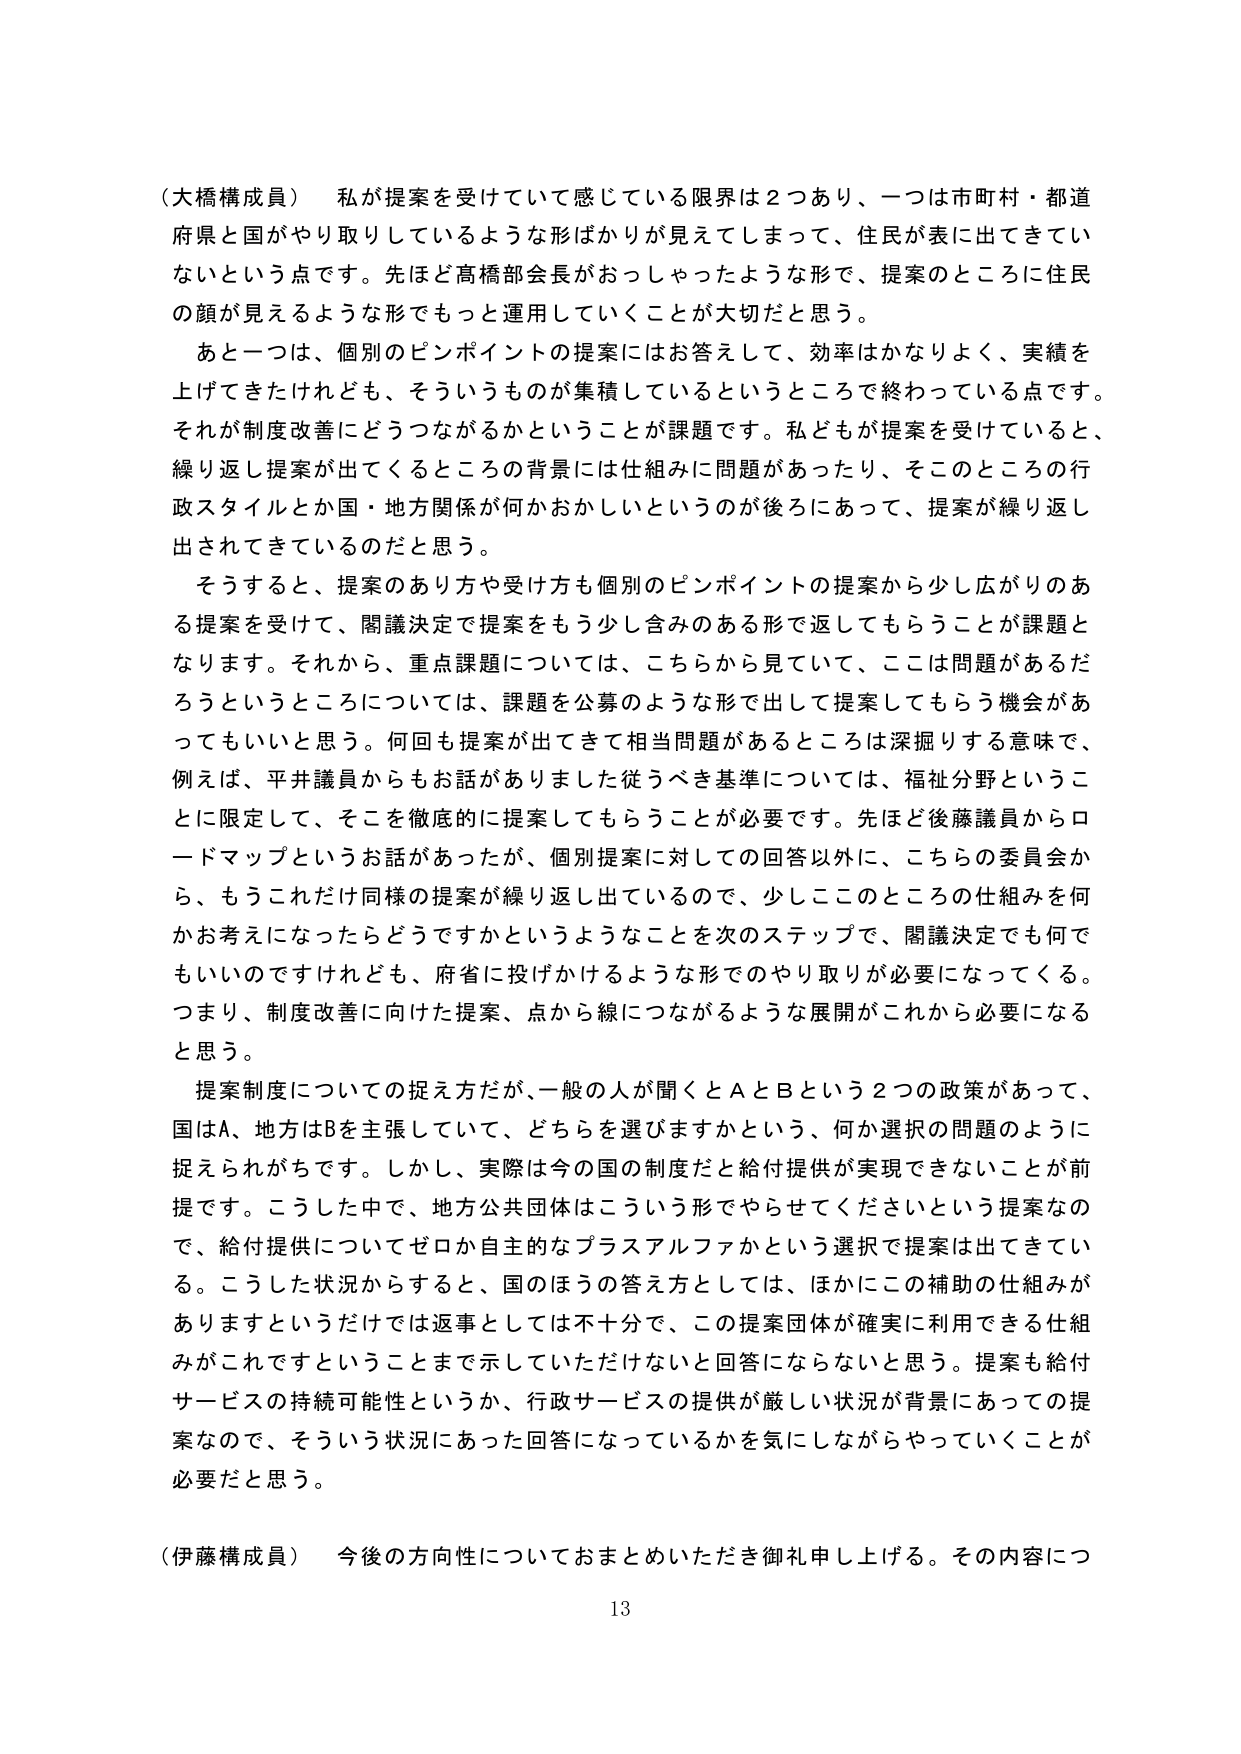
（大橋構成員） 私が提案を受けていて感じている限界は２つあり、一つは市町村・都道府県と国がやり取りしているような形ばかりが見えてしまって、住民が表に出てきていないという点です。先ほど高橋部会長がおっしゃったような形で、提案のところに住民の顔が見えるような形でもっと運用していくことが大切だと思う。

あと一つは、個別のピンポイントの提案にはお答えして、効率はかなりよく、実績を上げてきたけれども、そういうものが集積しているというところで終わっている点です。それが制度改善にどうつながるかということが課題です。私どもが提案を受けていると、繰り返し提案が出てくるところの背景には仕組みに問題があったり、そこのところの行政スタイルとか国・地方関係が何かおかしいというのが後ろにあって、提案が繰り返し出されてきているのだと思う。

そうすると、提案のあり方や受け方も個別のピンポイントの提案から少し広がりのある提案を受けて、閣議決定で提案をもう少し含みのある形で返してもらうことが課題となります。それから、重点課題については、こちらから見ていて、ここは問題があるだろうというところについては、課題を公募のような形で出して提案してもらう機会があってもいいと思う。何回も提案が出てきて相当問題があるところは深掘りする意味で、例えば、平井議員からもお話がありました従うべき基準については、福祉分野ということに限定して、そこを徹底的に提案してもらうことが必要です。先ほど後藤議員からロードマップというお話があったが、個別提案に対しての回答以外に、こちらの委員会から、もうこれだけ同様の提案が繰り返し出しているので、少しこのところの仕組みを何かお考えになったらどうですかというようなことを次のステップで、閣議決定でも何でもいいのですけれども、府省に投げかけるような形でのやり取りが必要になってくる。つまり、制度改善に向けた提案、点から線につながるような展開がこれから必要になると思う。

提案制度についての捉え方だが、一般の人が聞くとＡとＢという２つの政策があって、国はＡ、地方はＢを主張していて、どちらを選びますかという、何か選択の問題のように捉えられがちです。しかし、実際は今の国の制度だと給付提供が実現できないことが前提です。こうした中で、地方公共団体はこういう形でやらせてくださいという提案なので、給付提供についてゼロか自主的なプラスアルファかという選択で提案は出てきている。こうした状況からすると、国のほうの答え方としては、ほかにこの補助の仕組みがありますというだけでは返事としては不十分で、この提案団体が確実に利用できる仕組みがこれですということまで示していただけないと回答にならないと思う。提案も給付サービスの持続可能性というか、行政サービスの提供が厳しい状況が背景にあっての提案なので、そういう状況にあった回答になっているかを気にしながらやっていくことが必要だと思う。

（伊藤構成員） 今後の方向性についておまとめいただき御礼申し上げる。その内容につ

13